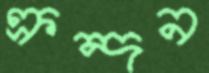
ক্রন্দন